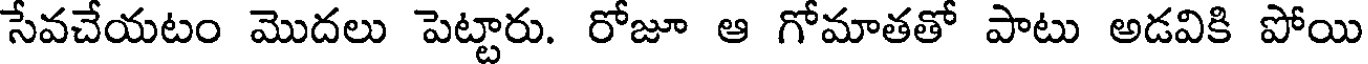
సేవచేయటం మొదలు పెట్టారు. రోజూ ఆ గోమాతతో పాటు అడవికి పోయి